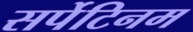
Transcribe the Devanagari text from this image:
सर्पेटिनम